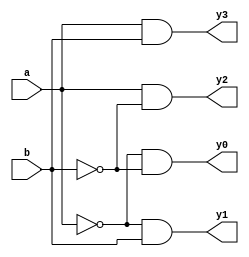
module dec_mux_2_4(input a,b, output reg y0,y1,y2,y3);


assign y0 = ~a & ~b;
assign y1 = ~a & b;
assign y2 = a & ~b;
assign y3 = a & b;


endmodule